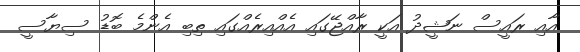
އާއި ރައީސް ނަޝީދު އަކީ ރާއްޖޭގައި އެއްއިރެއްގައި ތިބި އެންމެ ބޮޑު ސިޔާސީ